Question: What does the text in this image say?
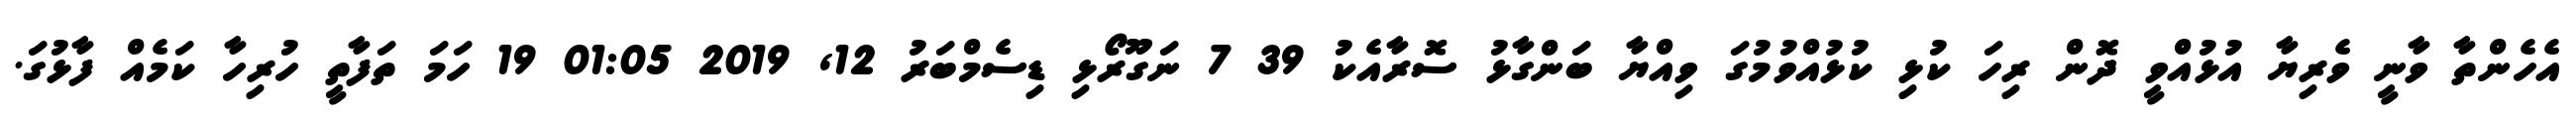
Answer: އެހެންތާ ވާނީ ވެރިޔާ އުޅުއްވީ ދޮން ރިހަ ކުޅި ކުޅުއްވުމުގަ ވިއްޔާ ބަންގާޅު ސޮރާއެކު 39 7 ނަގޫރޯޅި ޑިސެމްބަރު 12, 2019 01:05 19 ހަމަ ތަފާތީ ހުރިހާ ކަމެއް ފާޅުގަ.